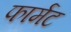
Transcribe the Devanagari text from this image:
फार्मट